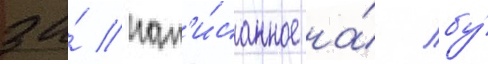
за́ нап'и́санное на́ лбу́